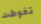
تغوطت